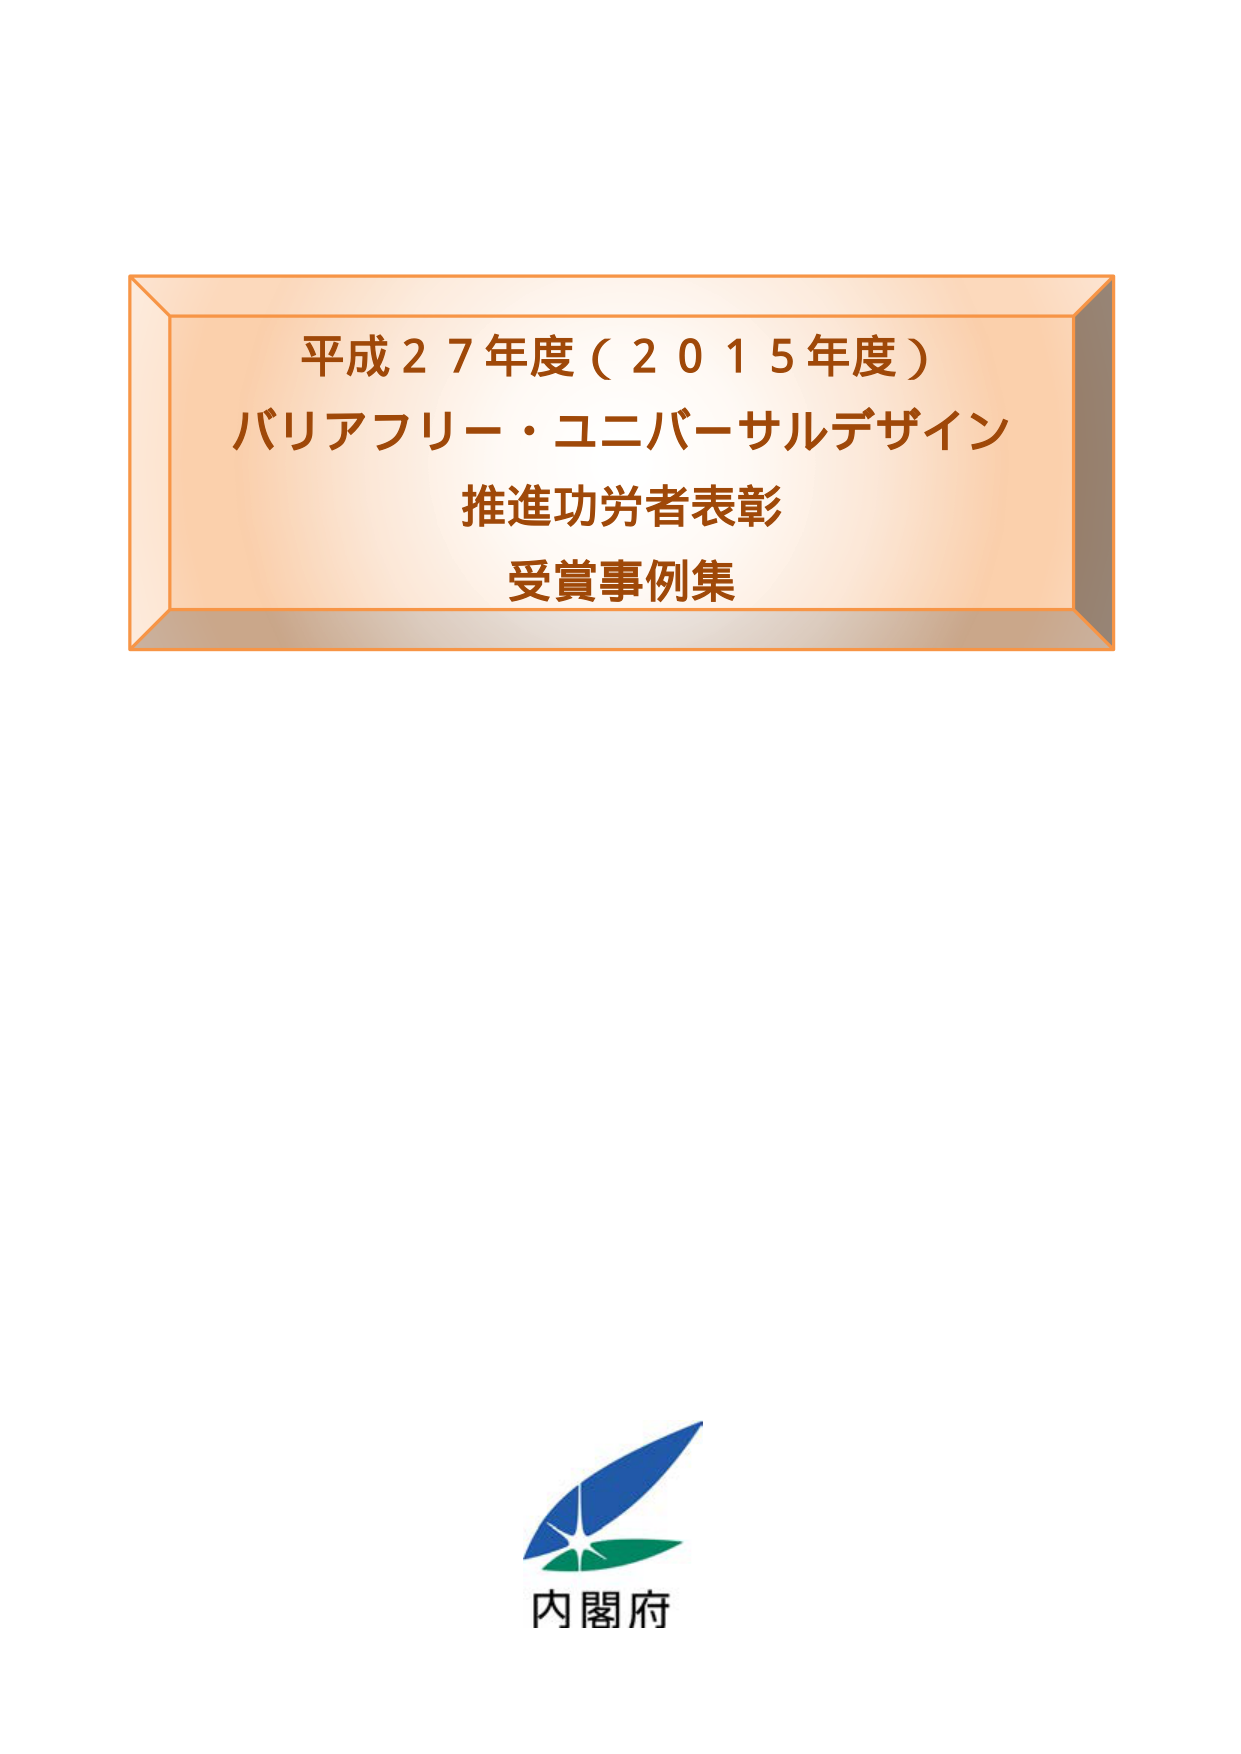
平成２７年度（２０１５年度）
バリアフリー・ユニバーサルデザイン
推進功労者表彰
受賞事例集

内閣府